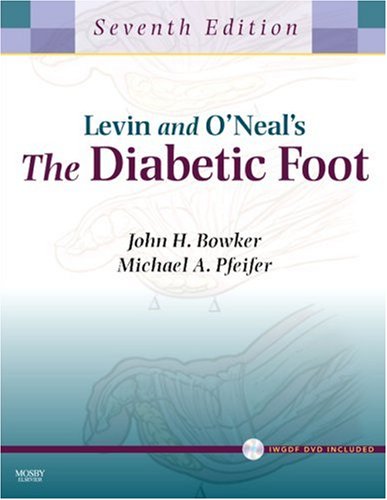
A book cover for Levin and O'Neal's The Diabetic Foot with CD-ROM, 7e (Diabetic Foot (Levin & O'Neal's)); John H. Bowker MD; Medical Books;